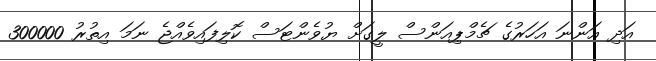
އަދި އަންނަ އަހަރުގެ ޗެމްޕިއަންސް ލީގަށް ޔުވެންޓަސް ކޮލިފައިވެއްޖެ ނަމަ އިތުރު 300000